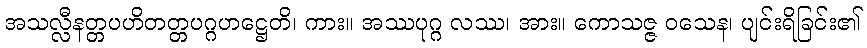
အသလ္လီနတ္တပဟိတတ္တပဂ္ဂဟဋ္ဌေတိ၊ ကား။ အဿပုဂ္ဂ လဿ၊ အား။ ကောသဇ္ဇ ဝသေန၊ ပျင်းရိခြင်း၏